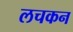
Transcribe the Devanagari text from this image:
लचकन